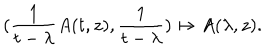
( \frac { 1 } { t - \lambda } A ( t , z ) , \frac { 1 } { t - \lambda } ) \mapsto A ( \lambda , z ) .